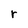
Character: r